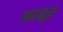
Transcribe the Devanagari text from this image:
अरतुर